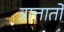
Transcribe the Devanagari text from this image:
त्रात्तातो